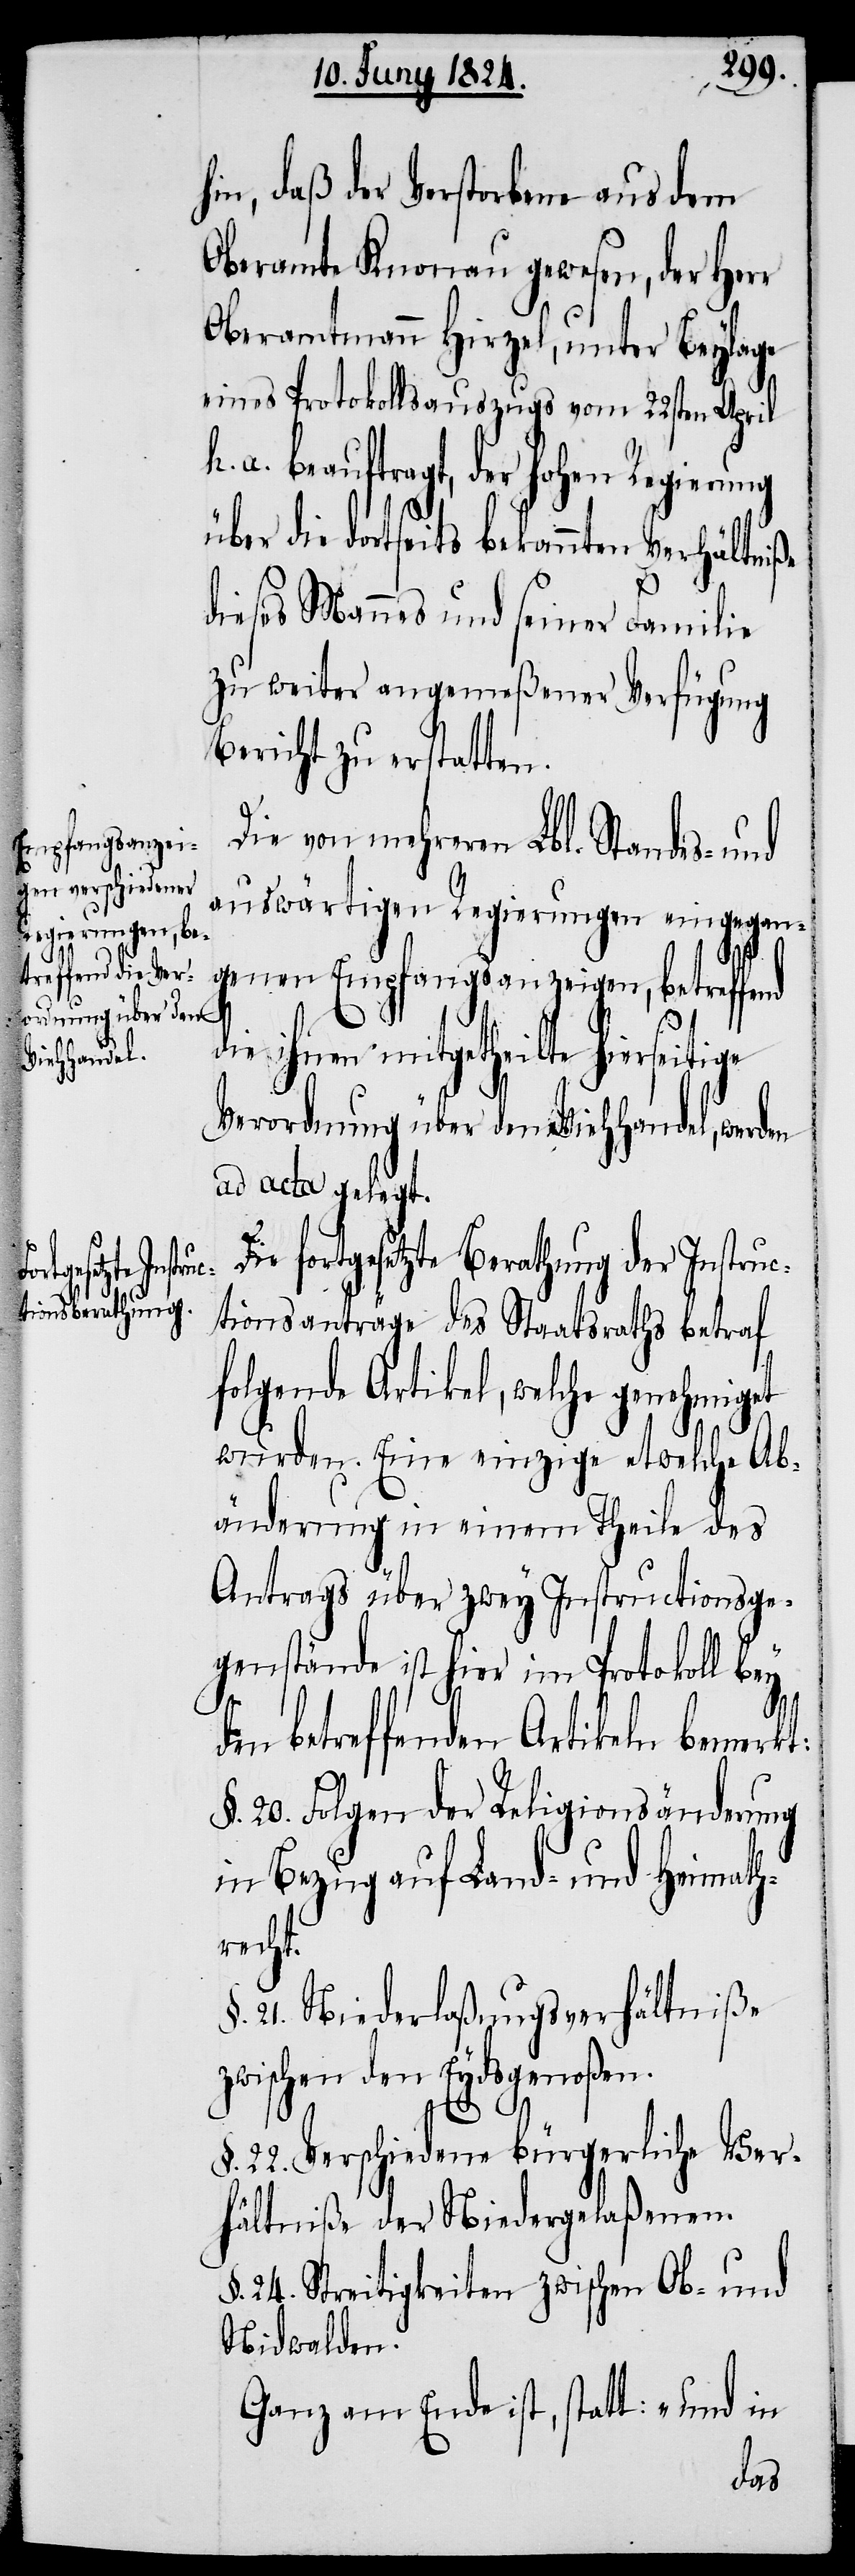
hin, daß der Verstorbene aus dem
Oberamte Knonau gewesen, der Herr
Oberamtmann Hirzel, unter Beylage
eines Protokollsauszugs vom 22sten April
h. a. beauftragt, der hohen Regierung
über die dortseits bekannten
dieses Mannes und seiner Familie
zu weiter angemeßener Verfügung
Bericht zu erstatten.
Die von mehrern Lbl. Standes- und
auswärtigen Regierungen eingegan¬
D¬
genen Empfangsanzeigen, betreffend
die ihnen mitgetheilte hierseitige
Verordnung über den Viehhandel, we¬
ad acta gelegt.
ie fortgesetzte Berathung der Instruc¬
rden
tionsanträge des Staatsraths betraf
folgende Artikel, welche genehmiget
wurden. Eine einzige etwelche Ab¬
änderung in einem Theil des
Antrags über zwey Instructionsge¬
genstände ist hier im Protokoll bey
den betreffenden Artikeln bemerkt:
§. 20. Folgen der Religionsänderung
in Bezug auf Land- und Heimath¬
recht.
21. Niederlaßungsverhältniße
zwischen den Eydsgenoßen.
§. 22. Verschiedene bürgerliche Ver¬
hältniße der Niedergelaßenen.
24. Streitigkeiten zwischen Ob- und
Nidwalden.
Ganz am Ende ist, statt: „und in